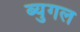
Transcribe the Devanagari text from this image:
ब्युगल